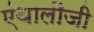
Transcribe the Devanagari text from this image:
एंथालौजी